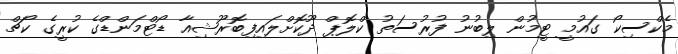
މެކްސިކޯ ގައުމީ ޓީމުން ލިބުނު ފުރުސަތު ކްލޮޕް ދޫކޮށްލައިފިބޮރޫޝިއާ ޑޯޓްމަންޑްގެ ކުރީގެ ކޯޗް